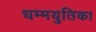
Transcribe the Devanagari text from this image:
धम्मयुतिका